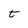
Character: t